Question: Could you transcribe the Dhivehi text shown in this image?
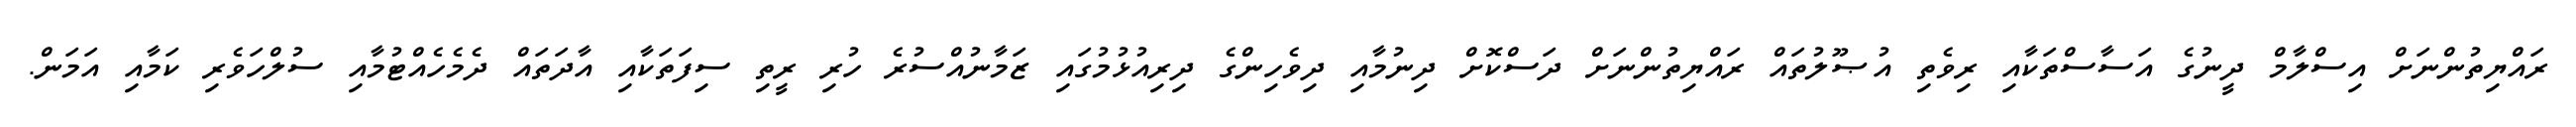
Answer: ރައްޔިތުންނަށް އިސްލާމް ދީނުގެ އަސާސްތަކާއި ރިވެތި އުޞޫލުތައް ރައްޔިތުންނަށް ދަސްކޮށް ދިނުމާއި ދިވެހިންގެ ދިރިއުޅުމުގައި ޒަމާނުއްސުރެ ހުރި ރީތި ސިފަތަކާއި އާދަތައް ދެމެހެއްޓުމާއި ސުލްހަވެރި ކަމާއި އަމަން.